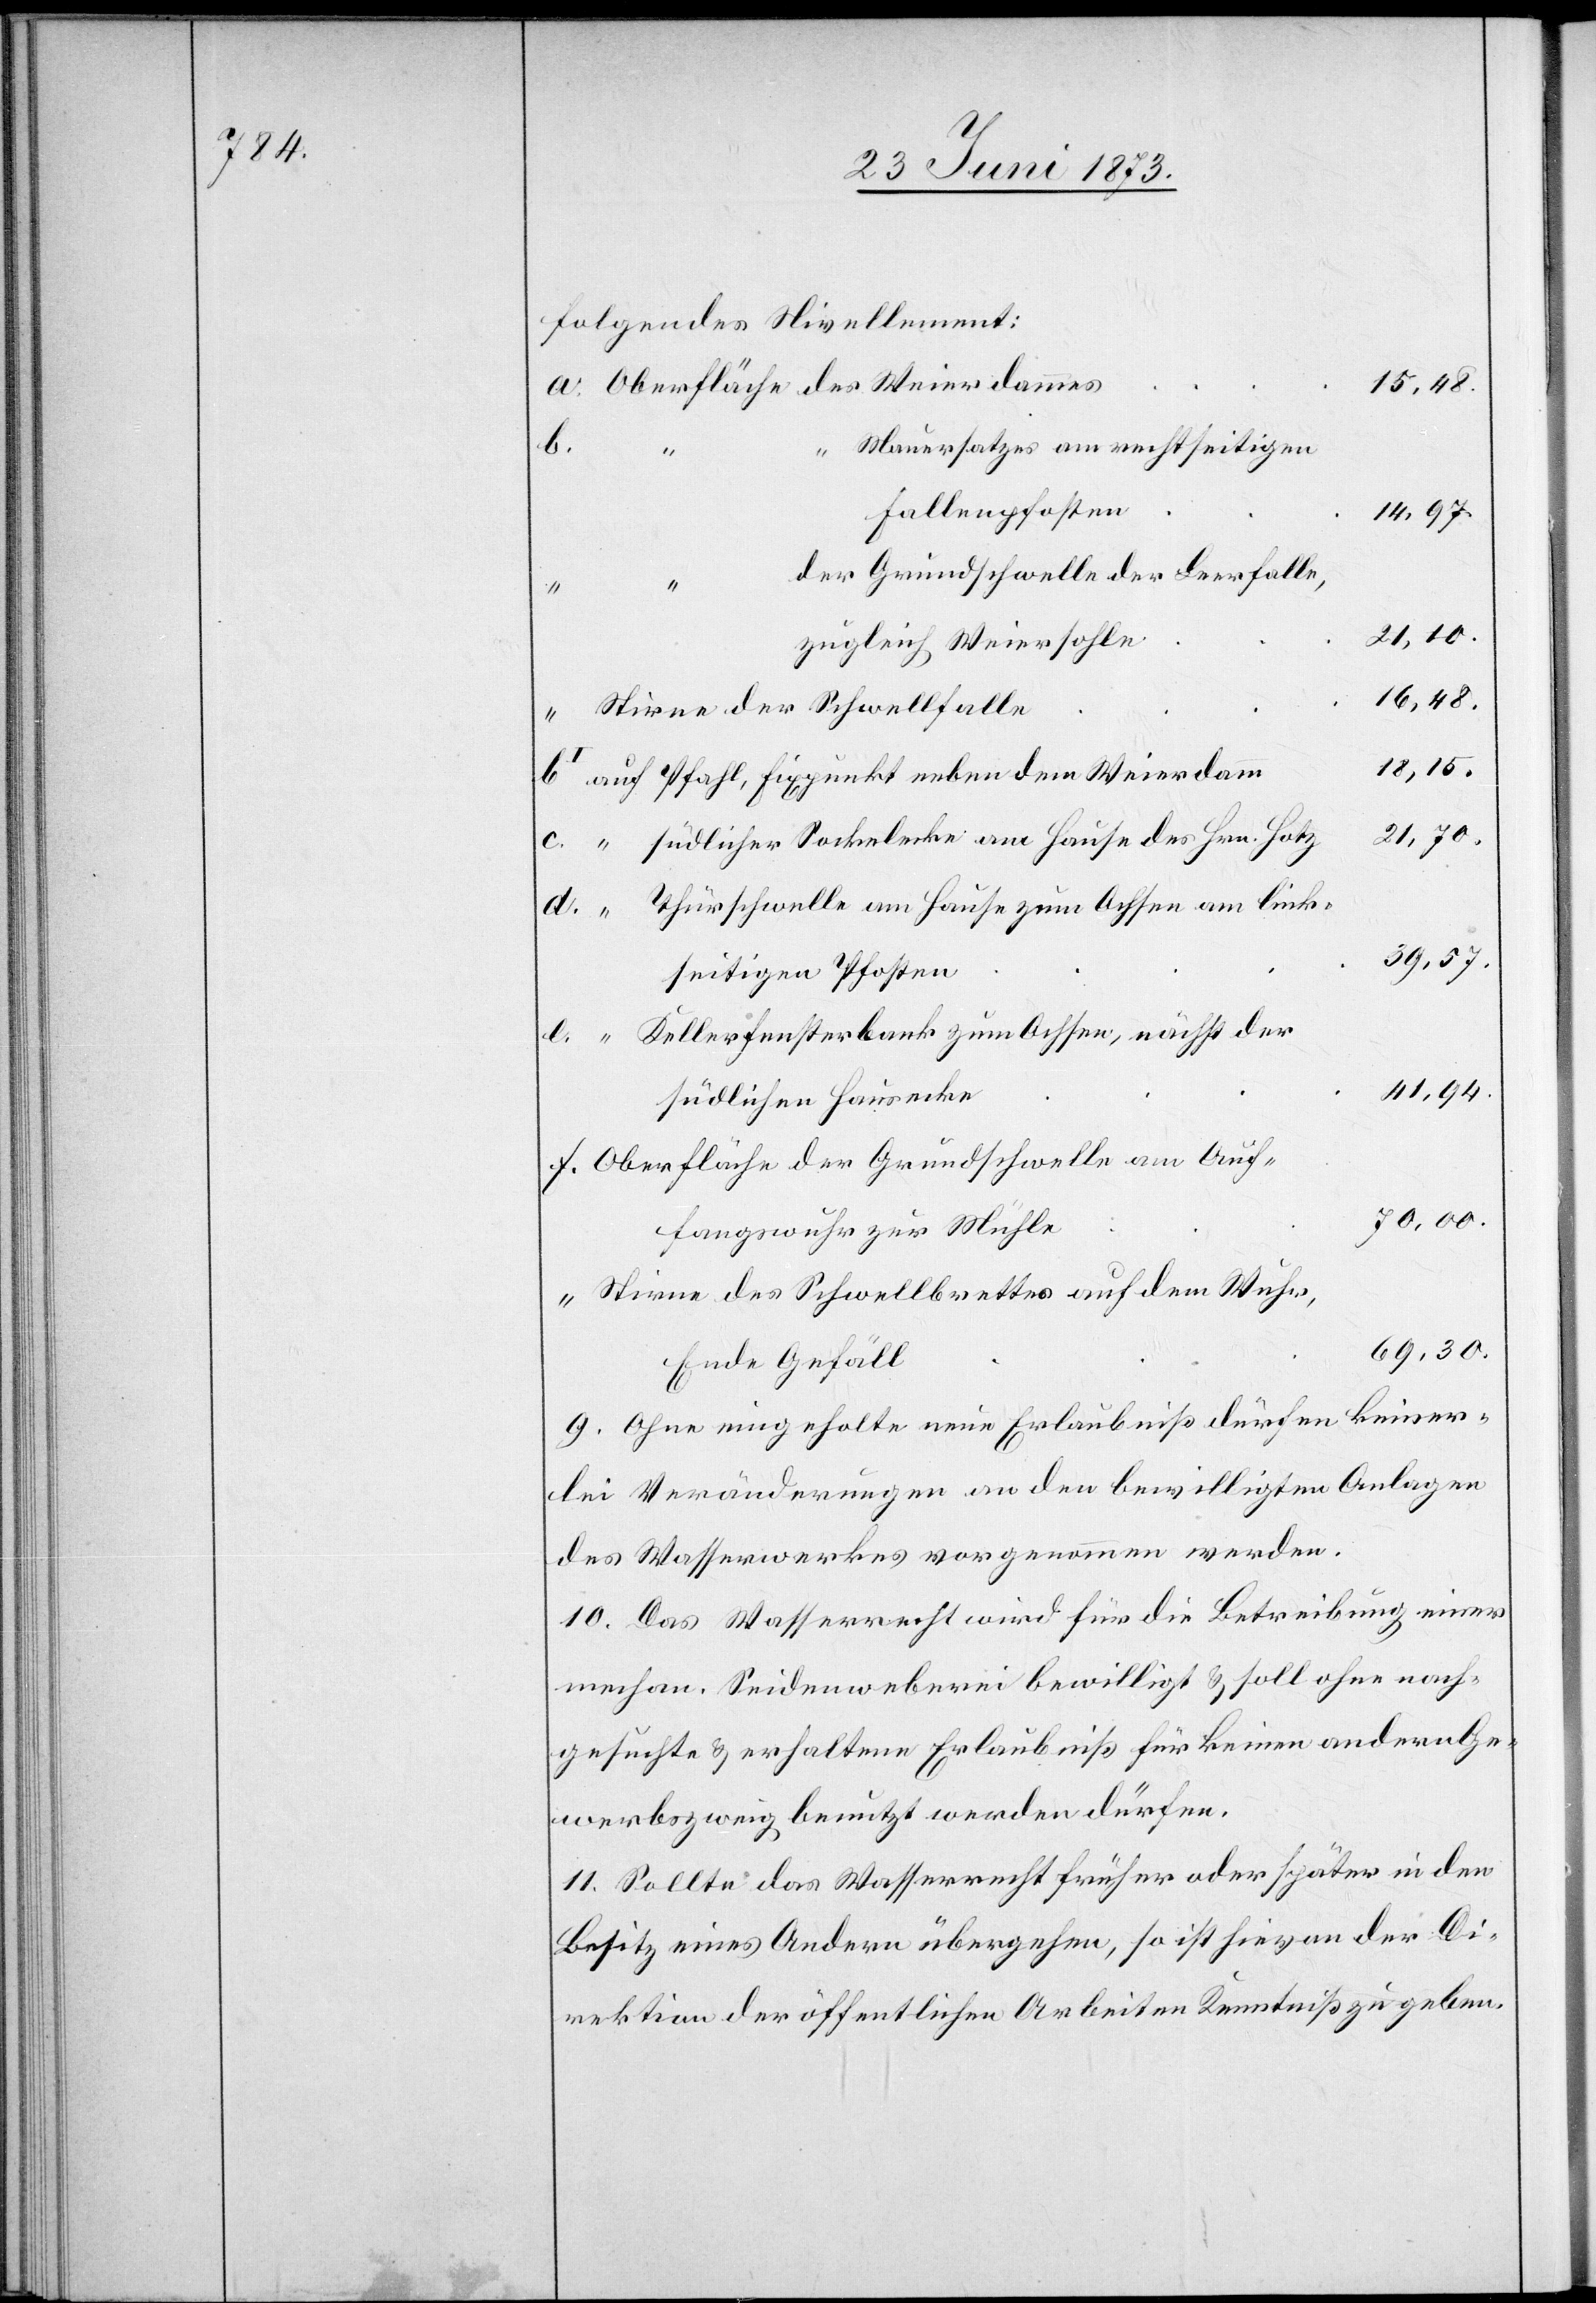
folgendes Nivellement:
15,48.
Mauersatzes am rechtseitigen
Fallenpfosten
14,97.
Grundschwelle der Leerfalle,
21,70.
zugleich Weiersohle
16,48.
Stirne der Schwellfalle
18,15.
Thürschwelle am Hause zum Ochsen am link¬
39,57.
seitigen Pfosten
Kellerfensterbank zum Ochsen, nächst der
41,94.
südlichen Hausecke
Oberfläche der Grundschwelle am Auf¬
70,00.
fangswuhr zur Mühle
Stirne des Schwellbrettes auf dem Wuhr,
69,30.
Ende Gefäll
9. Ohne eingeholte neue Erlaubniß dürfen keiner¬
lei Veränderungen an den bewilligten Anlagen
des Wasserwerkes vorgenommen werden.
10 Das Wasserrecht wird für die Betreibung einer
mechan. Seidenweberei bewilligt & soll ohne nach¬
gesuchte & erhaltene Erlaubniß für keinen andern Ge¬
werbszweig benutzt werden dürfen.
11. Sollte das Wasserrecht früher oder später in den
Besitz eines Andern übergehen, so ist hievon der Di¬
rektion der öffentlichen Arbeiten Kenntniß zu geben.